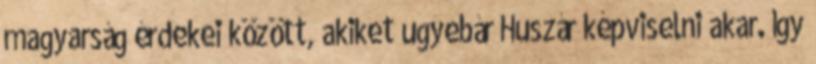
magyarság érdekei között, akiket ugyebár Huszár képviselni akar. Így